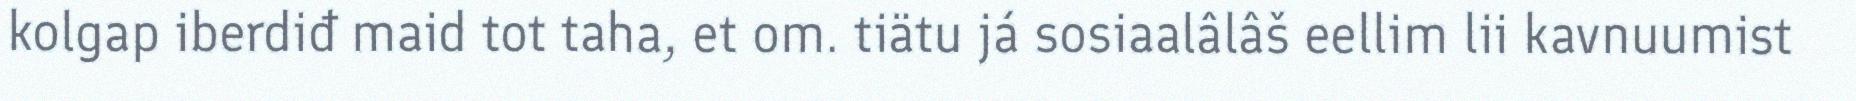
kolgap iberdiđ maid tot taha, et om. tiätu já sosiaalâlâš eellim lii kavnuumist